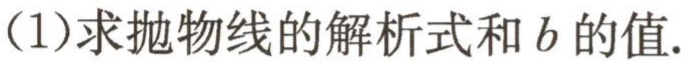
(1)求抛物线的解析式和\(b\)的值.